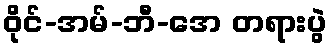
ဝိုင်-အမ်-ဘီ-အေ တရားပွဲ